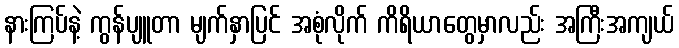
နားကြပ်နဲ့ ကွန်ပျူတာ မျက်နှာပြင် အစုံလိုက် ကိရိယာတွေမှာလည်း အကြီးအကျယ်